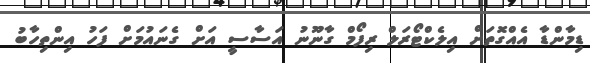
ޑިމާންޑާ އެއްގޮތަށް އިލެކްޓޯރަލް ރިފޯމް ގާނޫނު އަސާސީ އަށް ގެނައުމަށް ފަހު އިންތިހާބު